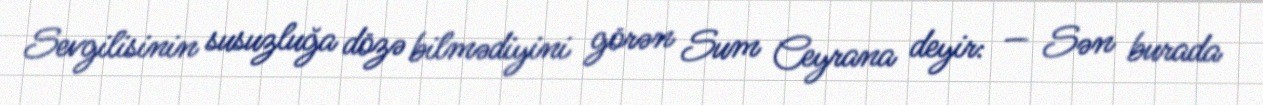
Sevgilisinin susuzluğa dözə bilmədiyini görən Sum Ceyrana deyir: — Sən burada